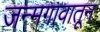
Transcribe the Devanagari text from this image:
जन्मगावातून